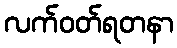
လက်ဝတ်ရတနာ